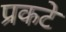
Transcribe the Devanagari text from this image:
प्रकटे